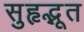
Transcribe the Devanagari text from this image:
सुहृद्भूत